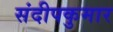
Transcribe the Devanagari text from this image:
संदीपकुमार